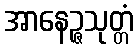
အာနေဉ္ဇသုတ္တံ